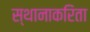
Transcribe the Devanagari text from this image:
स्थानाकरिता